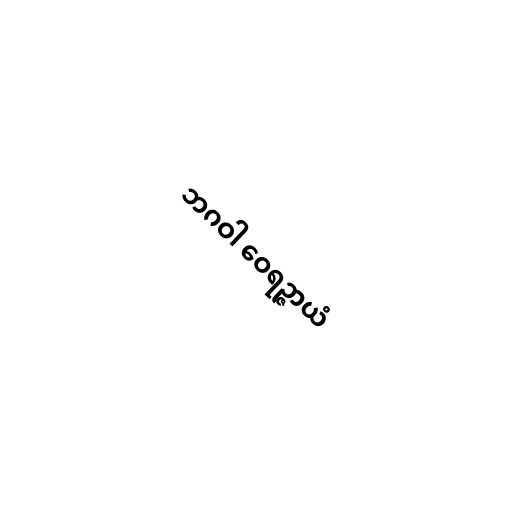
ဘဂဝါ ဝေရဉ္ဇာယံ